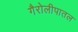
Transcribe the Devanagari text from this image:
गैरोलीपातल